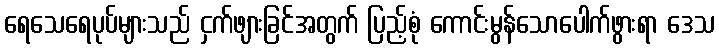
ရေသေရေပုပ်များသည် ငှက်ဖျားခြင်အတွက် ပြည့်စုံ ကောင်းမွန်သောပေါက်ဖွားရာ ဒေသ